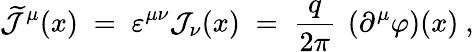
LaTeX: \widetilde{{\mathcal J}}^{\mu}(x)\; =\; \varepsilon^{\mu\nu}{\mathcal J}_{\nu}(x)\; =\; \frac{q}{2\pi}~\left(\partial^{\mu}\varphi\right)(x)~,